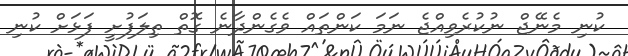
ކުނި މެނޭޖް ނުކުރެވިއްޖެ ނަމަ ކަންތައް ވެގެންދާނެ ގޮތް ތިލަފުށީ ފަޅަށް ކުނި